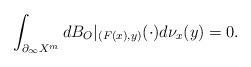
LaTeX: \begin{align*}\int_{\partial_\infty X^m} dB_O|_{(F(x),y)}(\cdot)d\nu_x(y)=0. \end{align*}